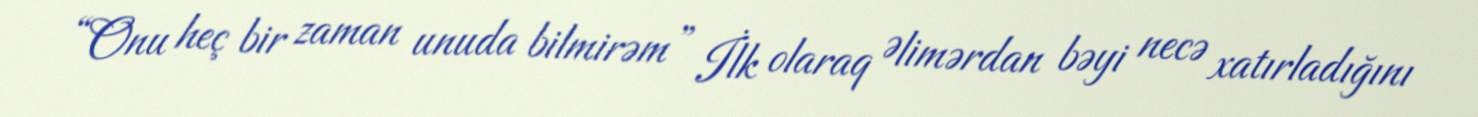
“Onu heç bir zaman unuda bilmirəm” İlk olaraq Əlimərdan bəyi necə xatırladığını